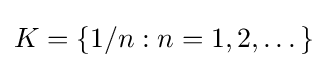
K=\{1/n:n=1,2,\dots \}